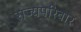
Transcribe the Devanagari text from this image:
राज्यपरिवार